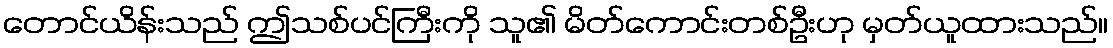
တောင်ယိန်းသည် ဤသစ်ပင်ကြီးကို သူ၏ မိတ်ကောင်းတစ်ဦးဟု မှတ်ယူထားသည်။